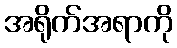
အရိုက်အရာကို